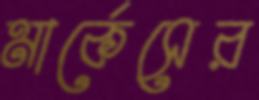
মার্কেসের